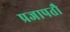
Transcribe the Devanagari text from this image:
प्रजापतौ